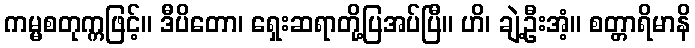
ကမ္မစတုက္ကဖြင့်။ ဒီပိတော၊ ရှေးဆရာတို့ပြအပ်ပြီ။ ဟိ၊ ချဲ့ဦးအံ့။ စတ္တာရိမာနိ